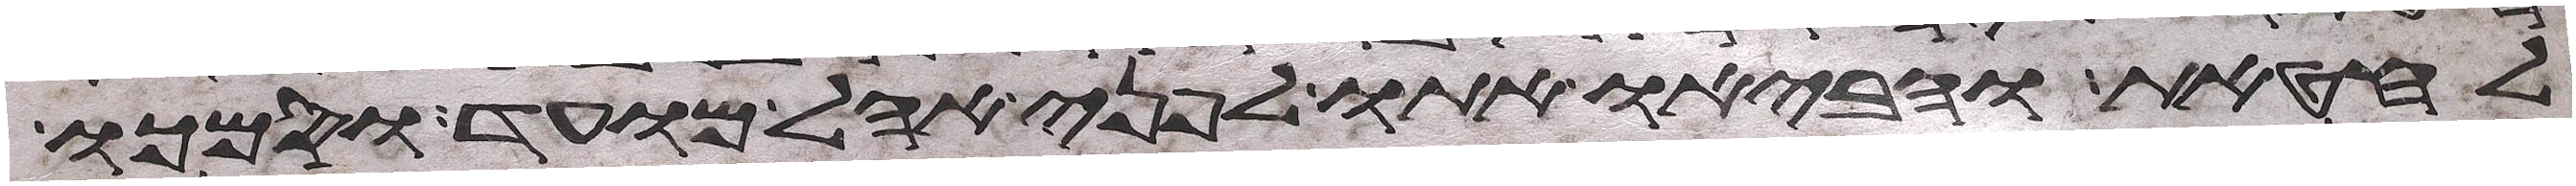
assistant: לחטאת והביאו אתו לפני אהל מועד וסמכו